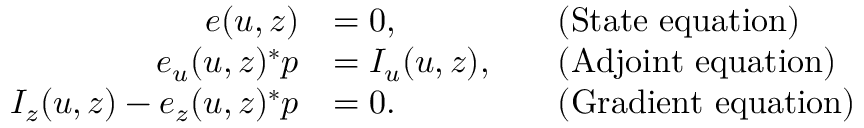
\begin{array} { r l r l } { e ( u , z ) } & { = 0 , } & & { \mathrm { ( S t a t e ~ e q u a t i o n ) } } \\ { e _ { u } ( u , z ) ^ { * } p } & { = I _ { u } ( u , z ) , } & & { \mathrm { ( A d j o i n t ~ e q u a t i o n ) } } \\ { I _ { z } ( u , z ) - e _ { z } ( u , z ) ^ { * } p } & { = 0 . } & & { \mathrm { ( G r a d i e n t ~ e q u a t i o n ) } } \end{array}